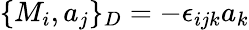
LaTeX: \{ M_{i},a_{j}\} _{D}=-\epsilon_{ijk}a_{k}